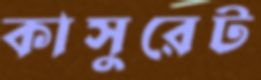
কাসুরেট